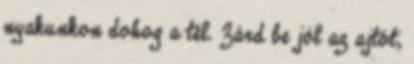
nyakunkon dohog a tél. Zárd be jól az ajtót,